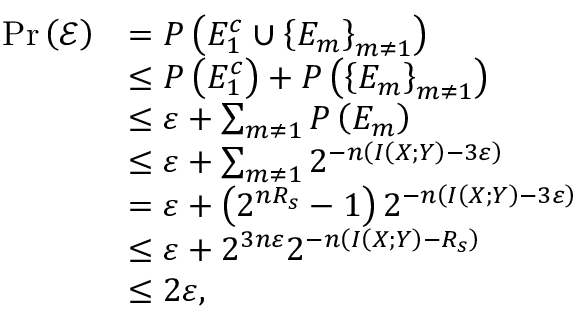
\begin{array} { r l } { { \mathrm { P r } } \left( \mathcal { E } \right) } & { = P \left( { E _ { 1 } ^ { c } \cup { { \left\{ { { E _ { m } } } \right\} } _ { m \ne 1 } } } \right) } \\ & { \leq P \left( { E _ { 1 } ^ { c } } \right) + P \left( { { { \left\{ { { E _ { m } } } \right\} } _ { m \ne 1 } } } \right) } \\ & { \leq \varepsilon + \sum _ { m \ne 1 } { P \left( { { E _ { m } } } \right) } } \\ & { \leq \varepsilon + \sum _ { m \ne 1 } { { 2 ^ { - n \left( { I \left( { X ; Y } \right) - 3 \varepsilon } \right) } } } } \\ & { = \varepsilon + \left( { { 2 ^ { n { R _ { s } } } } - 1 } \right) { 2 ^ { - n \left( { I \left( { X ; Y } \right) - 3 \varepsilon } \right) } } } \\ & { \leq \varepsilon + { 2 ^ { 3 n \varepsilon } } { 2 ^ { - n \left( { I \left( { X ; Y } \right) - { R _ { s } } } \right) } } } \\ & { \leq 2 \varepsilon , } \end{array}